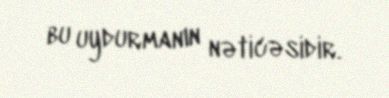
bu uydurmanın nəticəsidir.